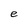
Character: e